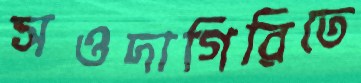
সওদাগিরিতে